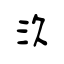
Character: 汣